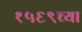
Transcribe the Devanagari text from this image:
१५६९च्या